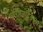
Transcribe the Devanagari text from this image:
कॅरोटेनॉईडच्या